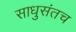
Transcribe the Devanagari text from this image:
साधुसंतच